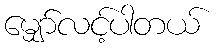
မျှော်လင့်ပါတယ်